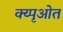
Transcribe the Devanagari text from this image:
क्य्पृओत